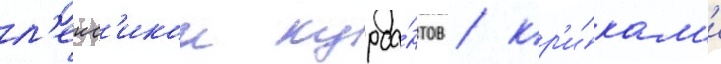
л'екс'икои курса́нтов / кр'и́кам'и